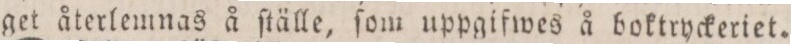
get återlemnas å ſtälle, ſom uppgifwes å boktryckeriet.